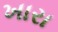
ખારા